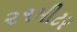
૨૧મીટર